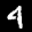
Label: 4